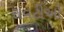
રાવટીઓ